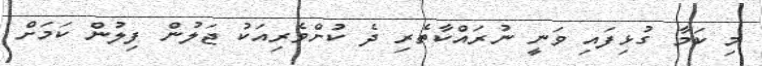
މި ކަމާ ގުޅިފައި ވަނީ ނުރައްކާތެރި ދެ ކުށްވެރިއަކު ޖަލުން ފިލުން ކަމަށް